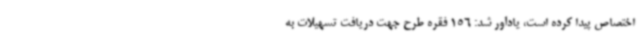
اختصاص پیدا کرده است، یادآور شد: 156 فقره طرح جهت دریافت تسهیلات به